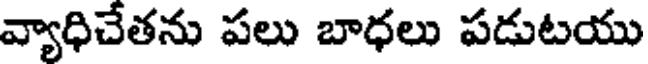
వ్యాధిచేతను పలు బాధలు పడుటయు